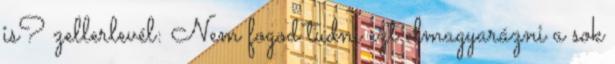
is? zellerlevél: Nem fogod tudni ezt elmagyarázni a sok